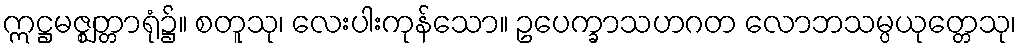
ဣဋ္ဌမဇ္ဈတ္တာရုံ၌။ စတူသု၊ လေးပါးကုန်သော။ ဥပေက္ခာသဟဂတ လောဘသမ္ပယုတ္တေသု၊